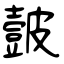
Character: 皼